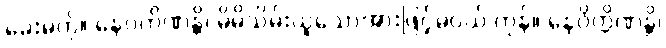
ခေးမကို။ နေဝကိဏန္တိ၊ မိမိသိမ်းယူသောအားဖြင့်မဝယ် ကုန်။ နေဝိက္ကိဏန္တိ၊